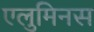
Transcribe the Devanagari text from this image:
एलुमिनस